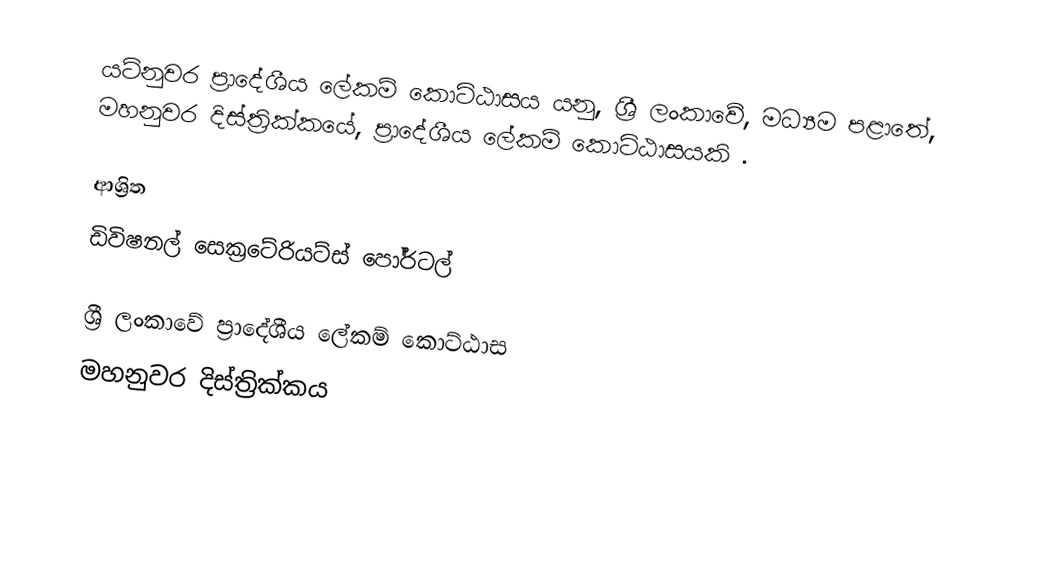
යටිනුවර ප්‍රාදේශීය ලේකම් කොට්ඨාසය යනු,  ශ්‍රී ලංකාවේ, මධ්‍යම පළාතේ,   මහනුවර දිස්ත්‍රික්කයේ, ප්‍රාදේශීය ලේකම් කොට්ඨාසයකි .

ආශ්‍රිත
 ඩිවිෂනල් සෙක්‍රටේරියට්ස් පෝර්ටල්

ශ්‍රී ලංකාවේ ප්‍රාදේශීය ලේකම් කොට්ඨාස
මහනුවර දිස්ත්‍රික්කය